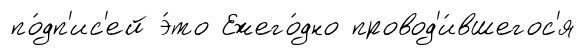
по́дп'ис'ей э́то Ежего́дно провод'и́вшегос'я